Annual statistical returns and brief notes on vaccination in Bengal - 1887-1898
Year: 1887
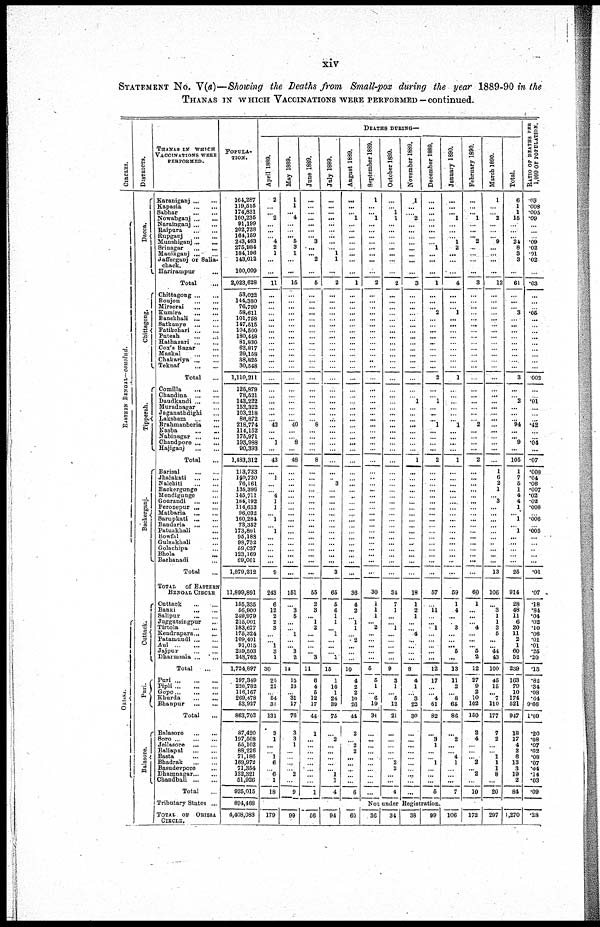
xiv
STATEMENT No. V(a)—Showing the Deaths from Small-pox during the year 1889-90 in the
THANAS IN WHICH VACCINATIONS WERE PERFORMED—continued.
CIRCLES.
EASTERN BENGAL—conclud.
ORISSA.
DISTRICTS.
Dacca.
Chittagong.
Tipperah.
Backerganj.
Cuttack.
Puri.
Balasore.
THANAS IN WHICH
VACCINATIONS WERE
PERFORMED.
Karaniganj... ...
Kapasia...
...
Sabhar...
...
Nowabganj...
...
Narainganj... ...
Raipura... ...
Rupganj...
...
Munshiganj...
...
Srinagar...
...
Manikganj...
...
Jafferganj or Salia-
chack.
Horirampur... ...
Total... ...
Chittagong...
...
Roujon...
...
Mirserai...
...
Kumira...
...
Banskhali...
...
Satkanye...
...
Fatikchari...
...
Puteah...
...
Hathazari...
...
Cox's Bazar... ...
Maskal...
...
Chakariya...
...
Teknaf
...
...
Total...
Comilla...
...
Chandina...
...
Daudkandi...
...
Muradnagar... ...
Jaganathdighi... ...
Laksham
...
...
Brahmanboria... ...
Kasba... ...
Nabinagar...
...
Chandpore...
...
Hajiganj...
...
Total...
Barisal...
...
Jhalakati...
...
Nalchiti...
...
Backergunge... ...
Mendigunge... ...
Gourandi...
...
Perozepur...
...
Matbaria...
...
Sarupkati...
...
Bandaria... ...
Patuakhali... ...
Bowfal... ...
Gulsakhali... ...
Golachipa... ...
Bhola... ...
Barhanadi... ...
Total... ...
TOTAL OF EASTERN
BENGAL CIRCLE
Cuttack...
...
Banki...
...
Salipur...
...
Juggutsingpur... ...
Tirtola... ...
Kendrapara ... ...
Patamundi...
...
Aul...
...
Jajpur...
...
Dharmsala...
...
Total...
Puri...
...
Pipli... ...
Gope...
...
...
Khurda...
...
Bhanpur...
...
Total... ...
Balasore...
...
Soro...
...
Jellasore... ...
Baliapal... ...
Basta...
...
Bhadrak...
...
Basudevpore... ...
Dhamnagar...
...
Chandbali... ...
Total...
Tributary States... ...
TOTAL OF ORISSA
CIRCLE.
POPULA-
TION.
164,287
119,515
174,831
160,235
91,199
202,738
164,159
243,463
275,984
184,196
143,012
100,009
2,023,628
53,022
144,380
76,799
58,611
101,758
147,515
104,500
180,448
81,830
62,817
29,158
38,825
30,548
1,110,211
125,879
78,521
143,222
152,322
103,218
86,872
218,774
114,152
175,971
193,988
90,393
1,483,312
113,733
140,730
76,161
135,396
145,711
184,192
114,633
96,032
160,284
73,352
173,801
95,188
98,732
59,037
123,169
89,061
1,879,212
11,899,891
155,335
56,900
249,979
215,001
183,677
175,324
109,401
91,015
239,503
248,762
1,724,897
197,349
226,782
116,167
269,478
53,927
863,703
87,420
197,508
55,102
88,226
71,186
169,972
71,364
132,321
51,926
925,015
894,468
4,408,083
DEATHS DURING—
April 1889.
2
...
... 2
...
...
...
4
2
1
...
...
11
...
...
...
...
...
...
...
...
...
...
...
...
...
...
...
...
...
...
...
...
42
... ...
1
...
43
...
1
...
...
4
1
1
...
1
...
1
...
...
...
...
...
9
243
6
12
2
2
3
...
...
1
3
1
30
25
21
...
54
31
131
3
1
...
... 1
6
...
6
1
18
...
179
May 1889.
1
1
... 4
...
...
... 5
3
1
...
...
15
...
...
...
...
...
...
...
...
...
...
...
...
...
...
...
...
...
...
...
...
40
...
... 8
...
48
...
...
...
...
...
...
...
...
...
...
...
...
...
...
...
...
...
151
...
3
5
...
...
1
...
...
3
2
14
15
13
...
31
17
76
3
3
1
...
...
...
...
2
...
9
...
99
June 1889.
...
...
...
...
...
...
... 3
...
... 2
...
5
...
...
...
...
...
...
...
...
...
...
...
...
...
...
...
...
...
...
...
...
8
...
...
...
...
8
...
...
...
...
...
...
...
...
...
...
...
...
...
...
...
...
...
55
2
3
... 1
2
...
...
...
...
3
11
6
4
5
12
17
44
1
...
...
...
...
...
...
...
...
1
...
56
July 1889.
...
...
... ...
...
...
...
...
...
1
1
...
2
...
...
...
...
...
...
...
...
...
...
...
...
...
...
...
...
...
...
...
...
...
...
...
...
...
...
...
...
3
...
...
...
...
...
...
...
...
...
...
...
...
...
3
65
5
6
1
1
...
1
...
...
...
1
15
1
10
1
24
39
75
...
2
...
...
...
...
... 1
1
4
...
94
August 1889.
...
...
... 1
...
...
...
...
...
...
...
...
1
...
...
...
...
...
...
...
...
...
...
...
...
...
...
...
...
...
...
...
...
...
...
...
...
...
...
...
...
...
...
...
...
...
...
...
...
...
...
...
...
...
...
...
36
4
2
...
1
1
...
2
...
...
...
10
4
2
2
10
26
44
2
...
2
2
...
...
...
...
...
6
...
60
September 1889.
1
...
... 1
...
...
...
...
...
...
...
...
2
...
...
...
...
...
...
...
...
...
...
...
...
...
...
...
...
...
...
...
...
...
...
...
...
...
...
...
..
...
...
...
...
...
...
...
...
...
...
...
...
...
...
...
30
1
1
1
... 2
...
...
...
...
...
5
5
1
...
6
19
34
...
...
...
...
...
...
...
...
...
...
October 1889.
...
...
1
1
...
...
...
...
...
...
...
...
2
...
...
...
...
...
...
...
...
...
...
...
...
...
...
...
...
...
...
...
...
...
...
...
...
...
...
...
...
...
...
...
...
...
...
...
...
...
...
...
...
...
...
...
34
7
1
...
... 1
...
...
...
...
...
9
3
1
... 5
12
21
...
...
...
...
...
2
2
...
...
4
November 1889.
1
...
....
2
... ...
...
...
...
...
...
...
3
...
...
...
...
...
...
...
...
...
...
...
...
...
...
...
...
1
... ...
... ...
...
...
...
...
1
...
...
...
...
...
...
...
...
...
...
...
...
...
...
...
...
...
18
1
2
1
...
...
4
...
...
...
...
8
4
1
...
3
22
30
...
...
...
...
...
...
...
...
...
...
December 1889.
...
...
...
...
...
...
...
...
1
...
...
...
1
...
... ...
2
...
...
...
...
...
...
...
...
...
2
...
...
1
... ...
...
1
...
...
...
...
2
...
...
...
...
...
...
...
... ...
...
...
...
...
...
...
...
...
57
...
11
...
...
1
...
...
...
...
...
12
17
...
...
4
61
82
...
3
1
...
...
1
...
...
...
5
January 1890.
...
...
... 1
...
...
...
1
2
...
...
...
4
...
...
...
1
...
...
...
...
...
...
...
...
...
1
...
...
...
...
...
...
1
...
...
...
...
1
...
...
...
...
...
...
...
...
...
...
...
...
...
...
...
...
...
59
1
4
...
...
3
...
...
...
5
...
13
11
2
...
8
65
86
...
2
...
...
4
1
...
...
...
7
Not under Registration.
36
34
38
99 106
February 1890.
...
...
...
1
...
...
... 2
...
...
...
...
3
...
...
...
...
...
...
...
...
...
...
...
...
...
...
...
...
...
...
...
...
2
...
...
...
...
2
...
...
...
...
...
...
...
...
...
...
...
...
...
...
...
...
...
60
1
...
...
...
4
...
...
... 5
2
12
27
9
2
10
102
150
2
4
...
...
...
2
... 2
...
10
...
172
March 1890.
1
...
...
2
...
...
... 9
...
...
...
...
12
...
...
...
...
...
...
...
...
...
...
...
...
...
...
...
...
...
...
...
...
...
...
...
...
...
...
1
6
2
1
...
3
...
...
...
...
...
...
...
... ...
...
13
106
...
3
1
1
3
5
...
...
44
43
100
45
15
... 7
110
177
7
2
...
...
1
1
1
8
...
20
...
297
Total.
6
1
1
15
...
...
... 24
8
3
3
...
61
...
...
... 3
...
...
...
...
...
...
...
...
...
3
...
...
2
...
...
... 94
...
... 9
...
105
1
7
5
1
4
4
1
...
1
...
1
...
...
...
...
...
25
914
28
48
11
6
20
11
2
1
60
53
239
163
79
10
174
521
947
18
17
4
2
6
13
3
19
2
84
...
1,270
RATIO OF DEATHS PER
1,000 OF POPULATION.
.03
.008
.005
.09
... ...
...
.09
.02
.01
.02
...
.03
...
...
...
.05
...
...
...
...
...
...
...
...
...
002
...
...
.01
...
... ...
.42
...
...
.04
...
.07
.008
.04
.06
.007
.02
.03
.008
...
.005
...
.005
...
...
..
...
...
.01
.07
.18
.84
.04
.02
.10
.06
.01
.01
.25
.20
.13
.82
.34
.08
.64
9.66
1.09
.20
.08
.07
.02
.08
.07
.04
.14
.03
.09
...
.28